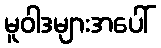
မူဝါဒများအပေါ်